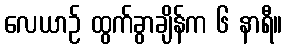
လေယာဉ် ထွက်ခွာချိန်က ၆ နာရီ။